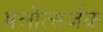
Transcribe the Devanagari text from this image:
मलोत्सर्जक